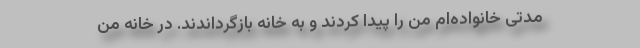
مدتی خانواده‌ام من را پیدا کردند و به خانه بازگرداندند. در خانه من